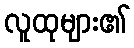
လူထုများ၏